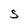
Character: s